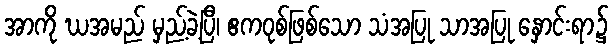
အာကို ဃအမည် မှည့်ခဲ့ပြီ၊ ဧကဝုစ်ဖြစ်သော သံအပြု သာအပြု နှောင်းရာ၌